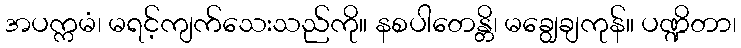
အပက္ကမံ၊ မရင့်ကျက်သေးသည်ကို။ နစပါတေန္တိ၊ မချွေချကုန်။ ပဏ္ဍိတာ၊